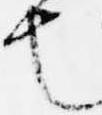
也